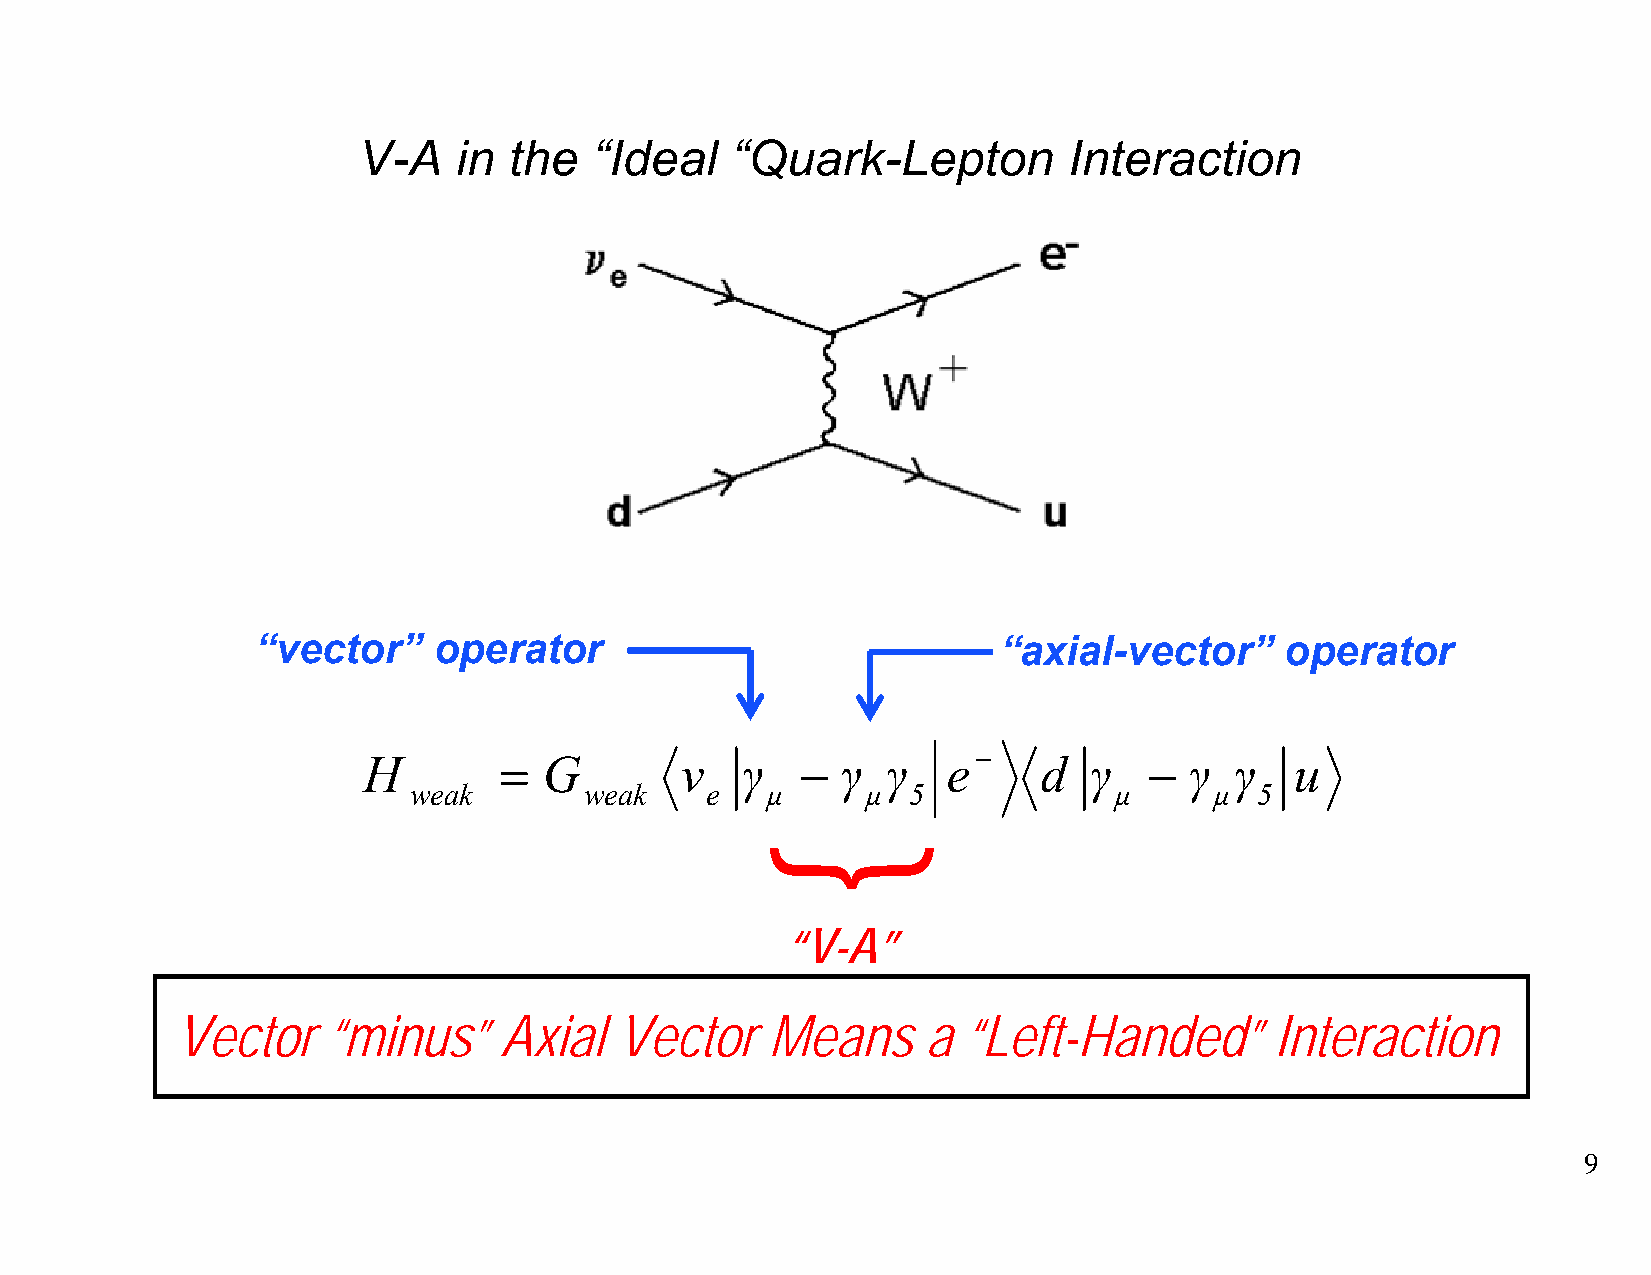
V-A   in  the  “Ideal   “Quark-Lepton          Interaction
 “vector”    operator                             “axial-vector”     operator
 −
 H        =  G        ν   γ   −  γ  γ   e     d  γ   −  γ  γ   u
 weak        weak    e   µ     µ  5             µ     µ  5
 “V-A”
 Vector    “minus”    Axial   Vector    Means     a  “Left-Handed”       Interaction
 9
 }